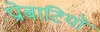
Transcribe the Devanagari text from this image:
प्रोबाटियो